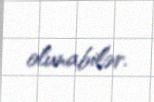
olunabilər.